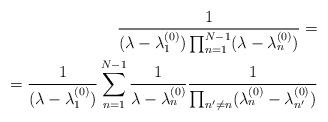
LaTeX: \begin{align*}\frac{1}{( \lambda - \lambda_1^{(0)} ) \prod_{n=1}^{N-1} ( \lambda - \lambda_n^{(0)} )} = \\ = \frac{1}{( \lambda - \lambda_1^{(0)} )}\sum_{n=1}^{N-1} \frac{1}{ \lambda - \lambda_n^{(0)}} \frac{ 1 }{\prod_{n'\neq n} (\lambda_{n}^{(0)} - \lambda_{n'}^{(0)} ) }\end{align*}